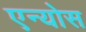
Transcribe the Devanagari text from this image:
एन्योस